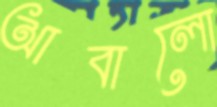
আবালো